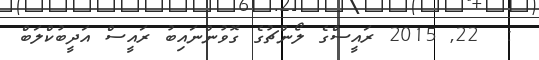
:  22